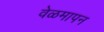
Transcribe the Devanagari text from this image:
वेळमापन